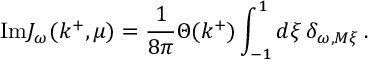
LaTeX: \mathrm { I m } J _ { \omega } ( k ^ { + } , \mu ) = \frac { 1 } { 8 \pi } \Theta ( k ^ { + } ) \int _ { - 1 } ^ { 1 } d \xi \, \delta _ { \omega , M \xi } \, .